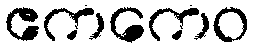
ဧကကေဝ